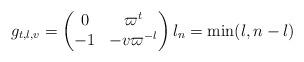
LaTeX: \begin{align*} g_{t,l,v} = \left( \begin{matrix} 0 & \varpi^t \\ -1 & -v\varpi^{-l} \end{matrix} \right) l_n = \min(l,n-l) \end{align*}